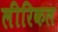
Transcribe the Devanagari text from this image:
लीरिकल